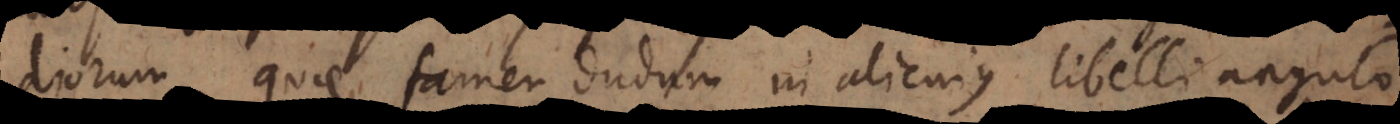
diorum, quae tamen dudum in alicujus libelli angulo